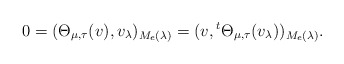
\begin{align*}0=(\Theta_{\mu,\tau}(v),v_\lambda)_{M_e(\lambda)}=(v,{}^{t}\Theta_{\mu,\tau}(v_\lambda))_{M_e(\lambda)}.\end{align*}